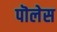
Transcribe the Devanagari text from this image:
पॊलेस